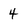
Character: 4